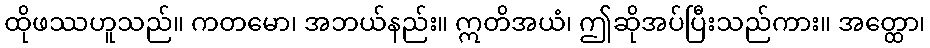
ထိုဖဿဟူသည်။ ကတမော၊ အဘယ်နည်း။ ဣတိအယံ၊ ဤဆိုအပ်ပြီးသည်ကား။ အတ္ထော၊